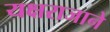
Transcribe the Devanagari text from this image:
यक्षराजाने